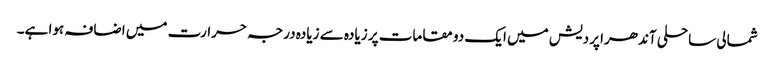
شمالی ساحلی آندھرا پردیش میں ایک دو مقامات پر زیادہ سے زیادہ درجہ حرارت میں اضافہ ہوا ہے۔